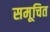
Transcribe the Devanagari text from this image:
समूचित